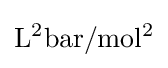
\mathrm {L^{2}bar/mol^{2}}